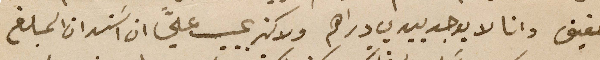
حقيقى وانا لا يوجد بيدي دراهم ولاكن يجب عليَّ ان اسَتدان المبلغ